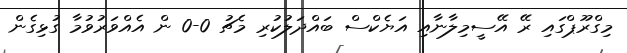
މިގްރޫޕްގައި ރޭ އޭސީމިލާނާއި އަޔެކްސް ބައްދަލުކުރި މެޗު 0-0 ން އެއްވަރުވުމާ ގުޅިގެން